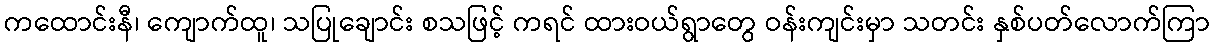
ကထောင်းနီ၊ ကျောက်ထူ၊ သပြုချောင်း စသဖြင့် ကရင် ထားဝယ်ရွာတွေ ဝန်းကျင်းမှာ သတင်း နှစ်ပတ်လောက်ကြာ